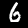
Label: 6